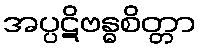
အပ္ပဋိဗန္ဓစိတ္တာ